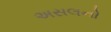
અસલનો